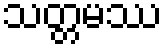
သတ္တမဿ